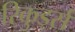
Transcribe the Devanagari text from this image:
रिकुर्ड्स